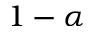
1 - \alpha